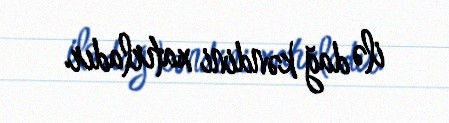
ilə dağ kəndini xatırladır.